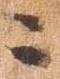
に